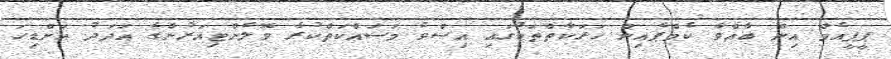
ޕީޕީއެމް އިން ބާއްވާ ކެމްޕެއިން ހަރަކާތްތަކުގައި އިސްވެ މަސައްކަތްކުރާ ވޮލެންޓިއަރުންގެ އަދަދު އަށްޑިހަ